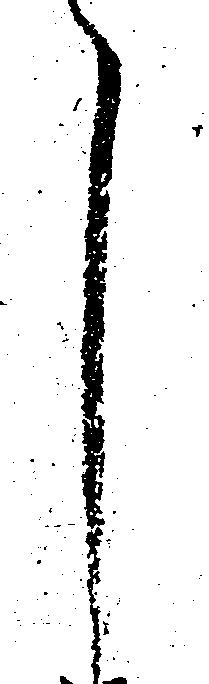
月